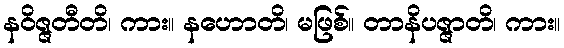
နဝိဇ္ဇတီတိ၊ ကား။ နဟောတိ၊ မဖြစ်။ တာနိပဇ္ဇာတိ၊ ကား။